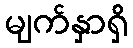
မျက်နှာရှိ